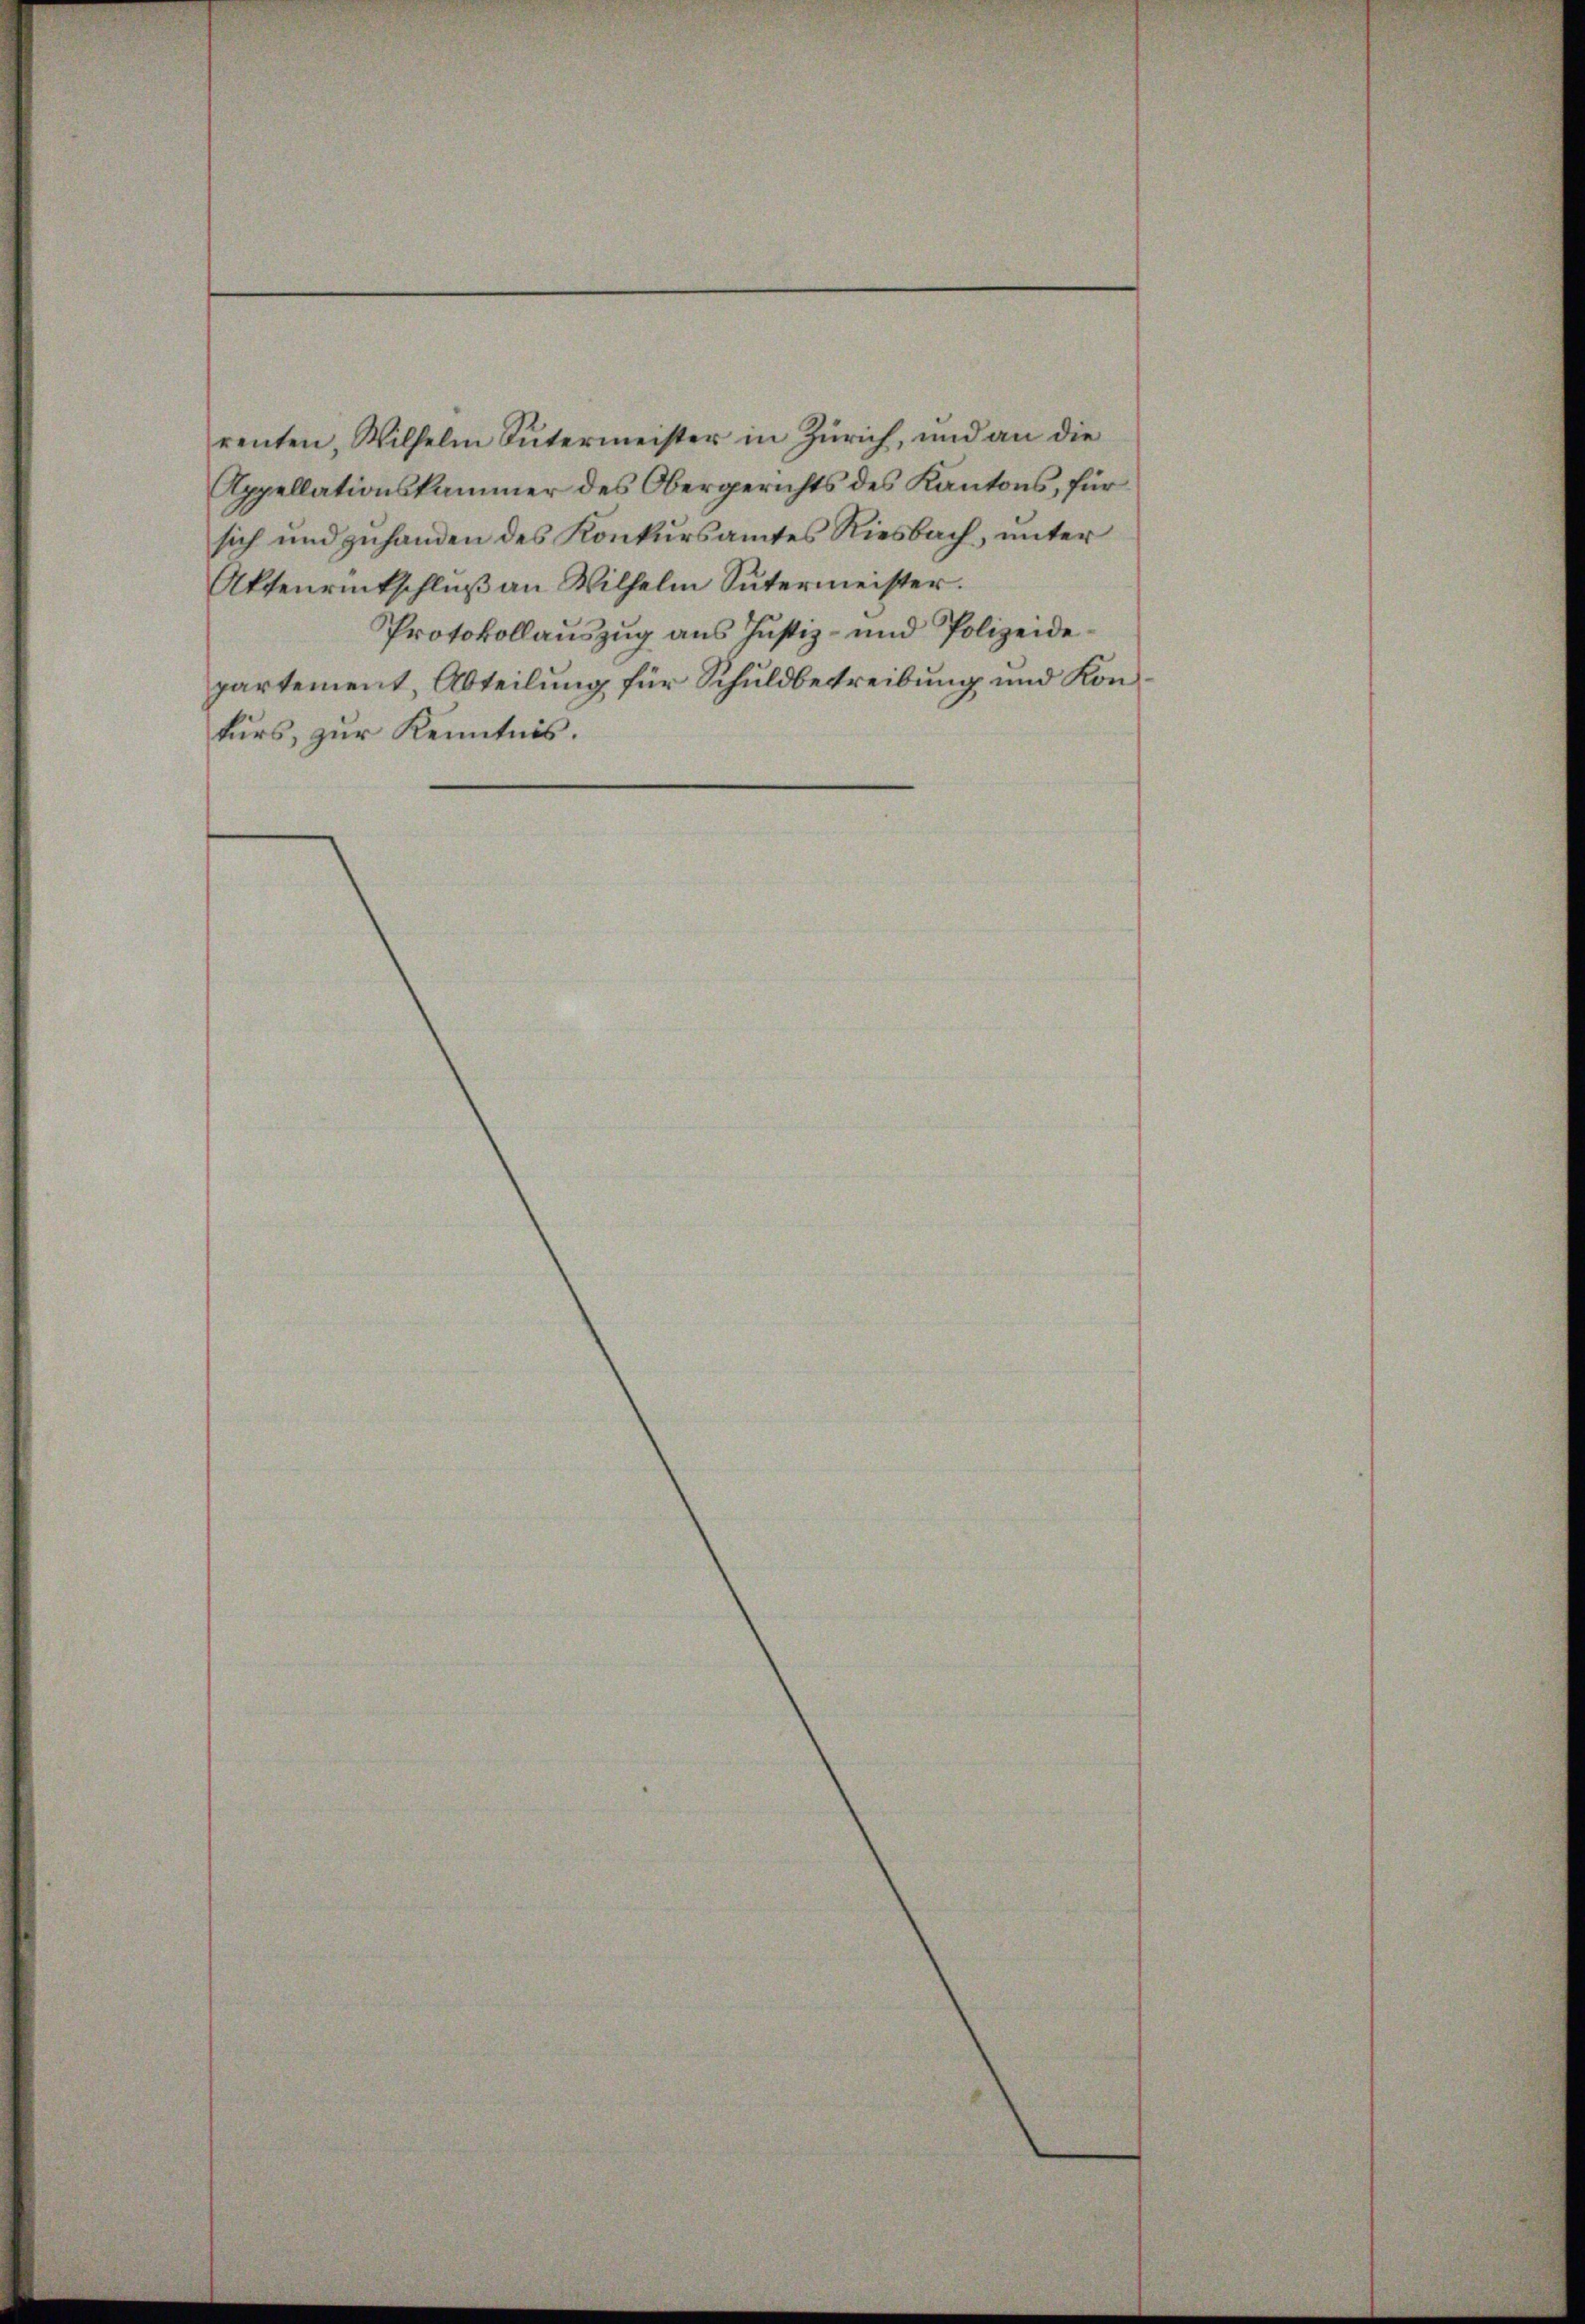
renten, Wilhelm Sutermeister in Zürich, und an die
Appellationskammer des Obergerichts des Kantons, für
sich und zuhanden des Konkursamtes Riesbach, unter
Aktenrückschluß an Wilhelm Sutermeister.
Protokollauszug aus Justiz- und Polizeide
partement, Abteilung für Schuldbetreibung und Konkurs, zur Kenntnis.